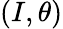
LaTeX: (I,\theta)